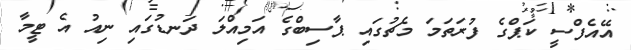
އޭއެފްސީ ކަޕްގެ ފުރަތަމަ މެޗުގައި ޕާސިބްގެ އަމިއްލަ ދަނޑުގައި ނިއު އެ ޓީމާ